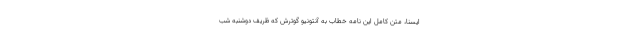
ایسنا، متن کامل این نامه خطاب به آنتونیو گوترش که ظریف دوشنبه شب